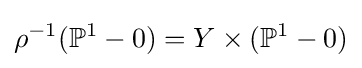
\rho ^{-1}(\mathbb {P} ^{1}-0)=Y\times (\mathbb {P} ^{1}-0)